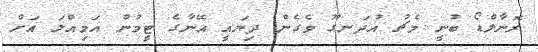
ރޮނާލްޑޯ ބުނީ މެޗު އުދަނގޫ ވެގެން ދިޔައީ އޭނާގެ ޓީމުން އަމިއްލަ އަށް